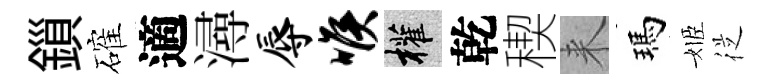
鎻確適潯辱喉權乾稧来瑪姬従